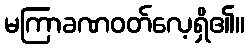
မကြာခဏဝတ်လေ့ရှိ၏။